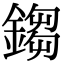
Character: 𨪕